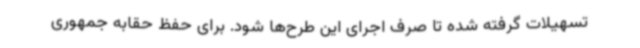
تسهیلات گرفته شده تا صرف اجرای این طرح‌ها شود. برای حفظ حقابه جمهوری